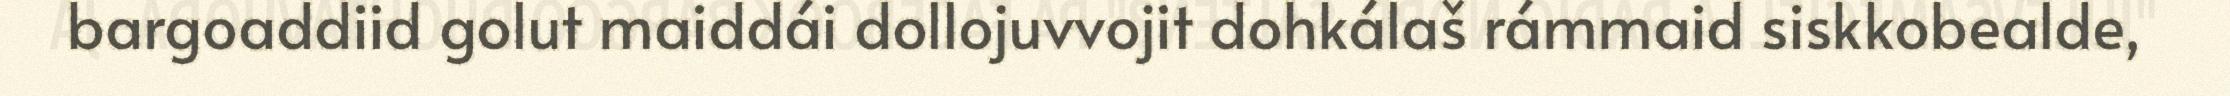
bargoaddiid golut maiddái dollojuvvojit dohkálaš rámmaid siskkobealde,